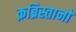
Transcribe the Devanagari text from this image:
क़ब्रिस्तानों